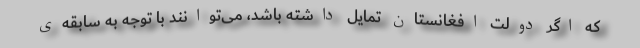
که اگر دولت افغانستان تمایل داشته باشد، می‌توانند با توجه به سابقه‌ی